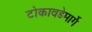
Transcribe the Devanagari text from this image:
टोकावडेमार्गे